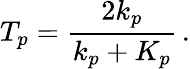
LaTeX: T_{p}=\frac{2k_{p}}{k_{p}+K_{p}}\, .